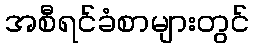
အစီရင်ခံစာများတွင်